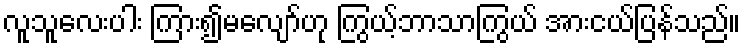
လူသူလေးပါး ကြား၍မလျော်ဟု ကြွယ့်ဘာသာကြွယ် အားငယ်ပြန်သည်။